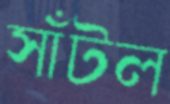
সাঁটল